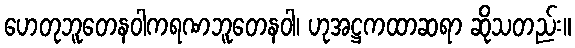
ဟေတုဘူတေနဝါကရဏဘူတေနဝါ၊ ဟုအဋ္ဌကထာဆရာ ဆိုသတည်း။